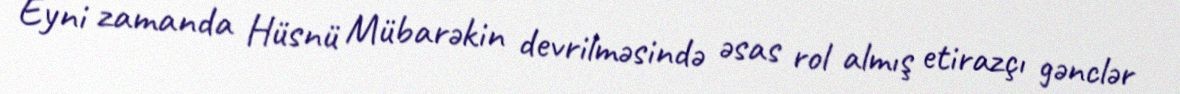
Eyni zamanda Hüsnü Mübarəkin devrilməsində əsas rol almış etirazçı gənclər